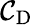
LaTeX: \mathcal{C}_{\mathrm{{D}}}